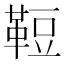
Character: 𩊪